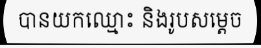
បានយកឈ្មោះ និងរូបសម្តេច